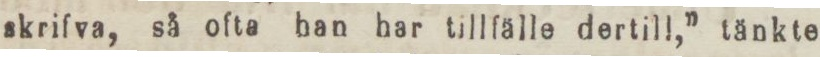
skrifva, så ofta han har tillfälle dertill,” tänkte